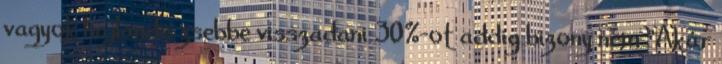
vagyok hajlando zsebbe visszadani 30%-ot addig bizony nem "Akár